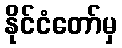
နိုင်ငံတော်မှ